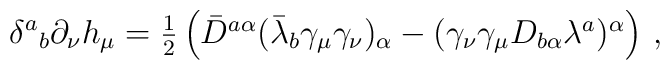
\delta^{a}{}_{b}\partial_{\nu}h_{\mu}=\textstyle{\frac{1}{2}}\left(\bar{D}^{a\alpha}(\bar{\lambda}_{b}\gamma_{\mu}\gamma_{\nu})_{\alpha}-(\gamma_{\nu}\gamma_{\mu}D_{b\alpha}\lambda^{a})^{\alpha}\right)\,,